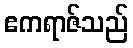
ဧကရာဇ်သည်